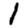
Digit: 1